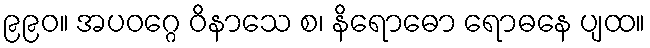
၉၉၀။ အပဝဂ္ဂေ ဝိနာသေ စ၊ နိရောဓော ရောဓနေ ပျထ။